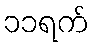
၁၁ရက်